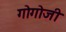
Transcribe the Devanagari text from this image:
गोगोजी